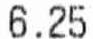
6.25